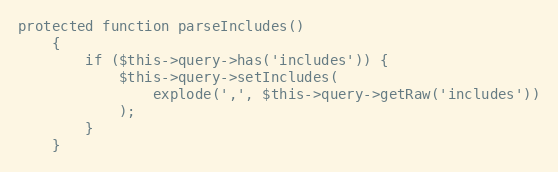
Language: PHP
protected function parseIncludes()
    {
        if ($this->query->has('includes')) {
            $this->query->setIncludes(
                explode(',', $this->query->getRaw('includes'))
            );
        }
    }